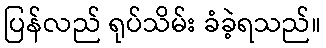
ပြန်လည် ရုပ်သိမ်း ခံခဲ့ရသည်။